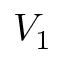
V _ { 1 }